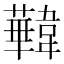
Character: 𩏧